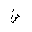
Letter: _dad